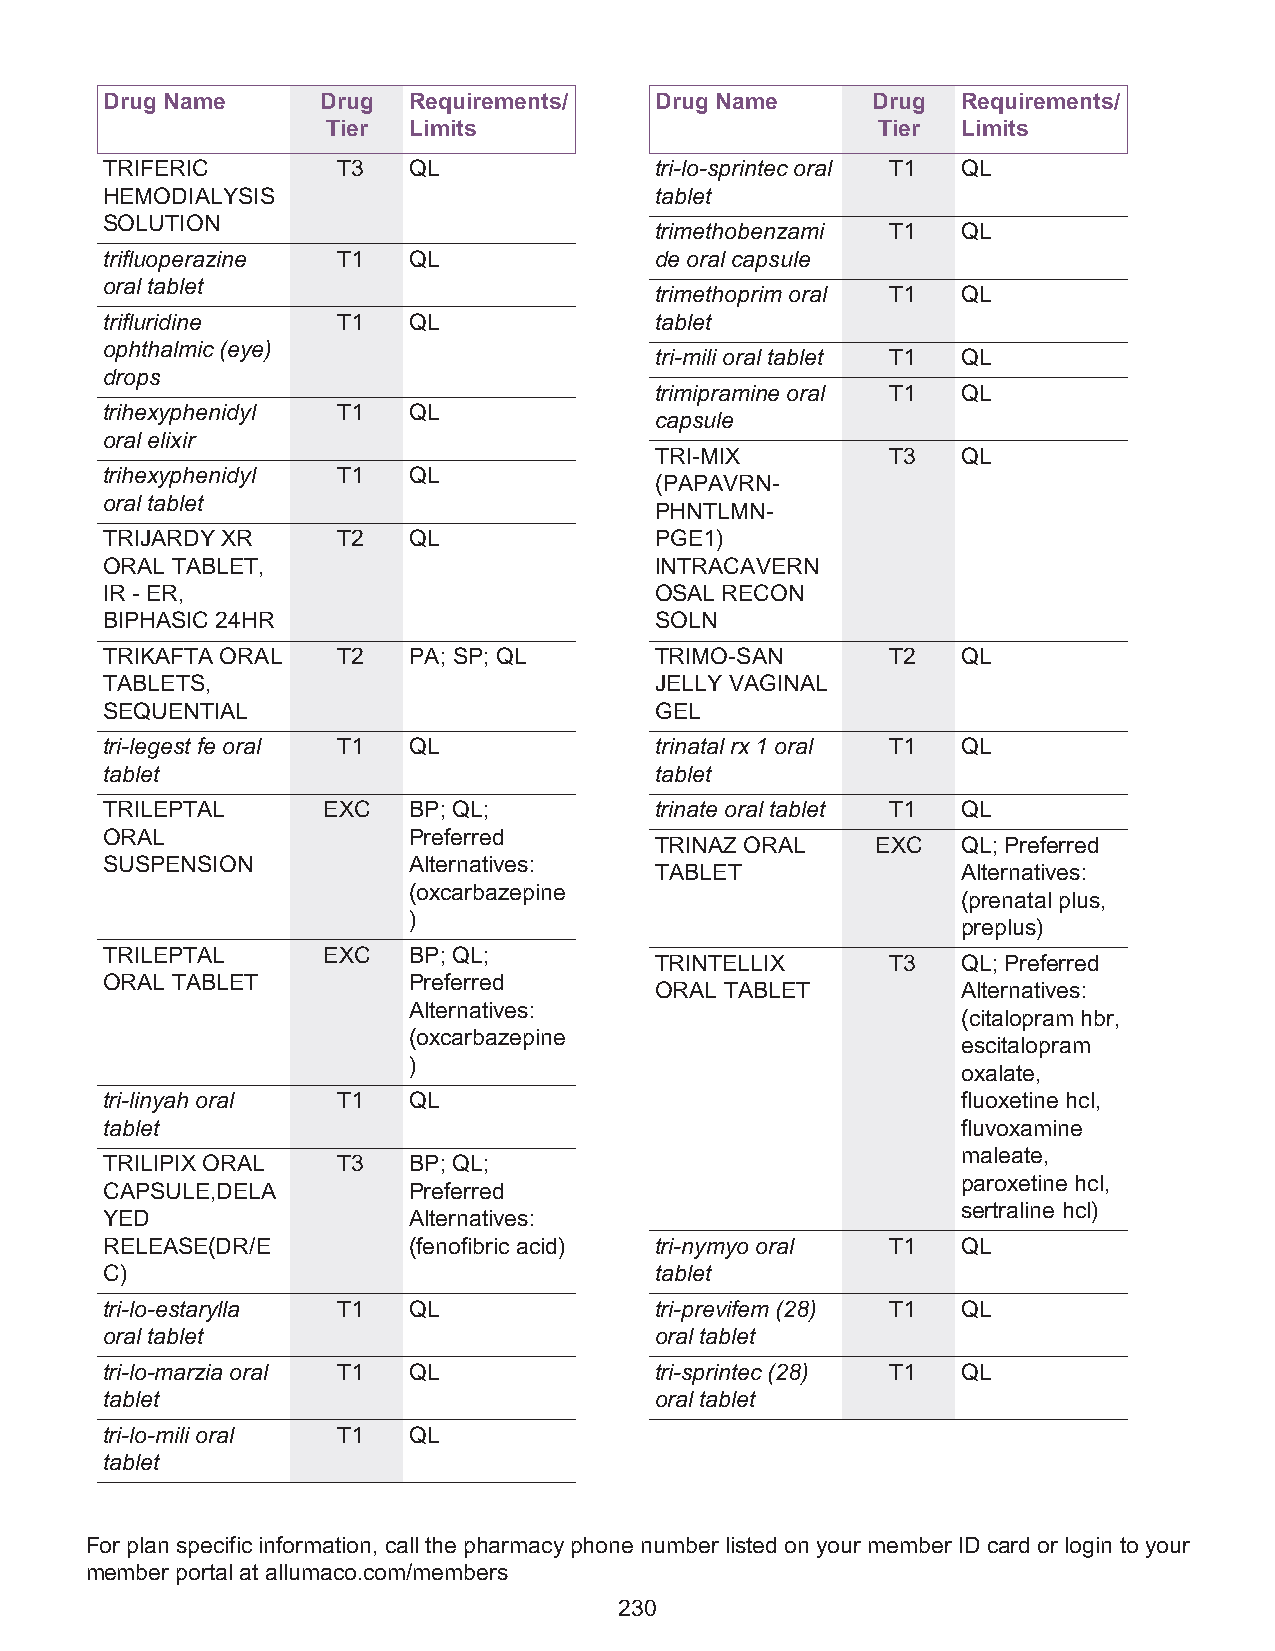
Drug Name     Drug  Requirements/   Drug Name      Drug  Requirements/
 Tier Limits                         Tier  Limits
 TRIFERIC       T3   QL              tri-lo-sprintec oral T1 QL
 HEMODIALYSIS                        tablet
 SOLUTION
 trimethobenzami T1   QL
 trifluoperazine T1  QL              de oral capsule
 oral tablet
 trimethoprim oral T1 QL
 trifluridine   T1   QL              tablet
 ophthalmic (eye)
 tri-mili oral tablet T1 QL
 drops
 trimipramine oral T1 QL
 trihexyphenidyl T1  QL
 capsule
 oral elixir
 TRI-MIX         T3   QL
 trihexyphenidyl T1  QL
 (PAPAVRN-
 oral tablet
 PHNTLMN-
 TRIJARDY XR    T2   QL              PGE1)
 ORAL TABLET,                        INTRACAVERN
 IR - ER,                            OSAL RECON
 BIPHASIC 24HR                       SOLN
 TRIKAFTA ORAL  T2   PA; SP; QL      TRIMO-SAN       T2   QL
 TABLETS,                            JELLY VAGINAL
 SEQUENTIAL                          GEL
 tri-legest fe oral T1 QL            trinatal rx 1 oral T1 QL
 tablet                              tablet
 TRILEPTAL     EXC   BP; QL;         trinate oral tablet T1 QL
 ORAL                Preferred
 TRINAZ ORAL    EXC   QL; Preferred
 SUSPENSION          Alternatives:
 TABLET               Alternatives:
 (oxcarbazepine
 (prenatal plus,
 )
 preplus)
 TRILEPTAL     EXC   BP; QL;
 TRINTELLIX      T3   QL; Preferred
 ORAL TABLET         Preferred
 ORAL TABLET          Alternatives:
 Alternatives:
 (citalopram hbr,
 (oxcarbazepine
 escitalopram
 )
 oxalate,
 tri-linyah oral T1  QL                                   fluoxetine hcl,
 tablet                                                   fluvoxamine
 maleate,
 TRILIPIX ORAL  T3   BP; QL;
 paroxetine hcl,
 CAPSULE,DELA        Preferred
 sertraline hcl)
 YED                 Alternatives:
 RELEASE(DR/E        (fenofibric acid) tri-nymyo oral T1  QL
 C)                                  tablet
 tri-lo-estarylla T1 QL              tri-previfem (28) T1 QL
 oral tablet                         oral tablet
 tri-lo-marzia oral T1 QL            tri-sprintec (28) T1 QL
 tablet                              oral tablet
 tri-lo-mili oral T1 QL
 tablet
 For plan specific information, call the pharmacy phone number listed on your member ID card or login to your
 member portal at allumaco.com/members
 230